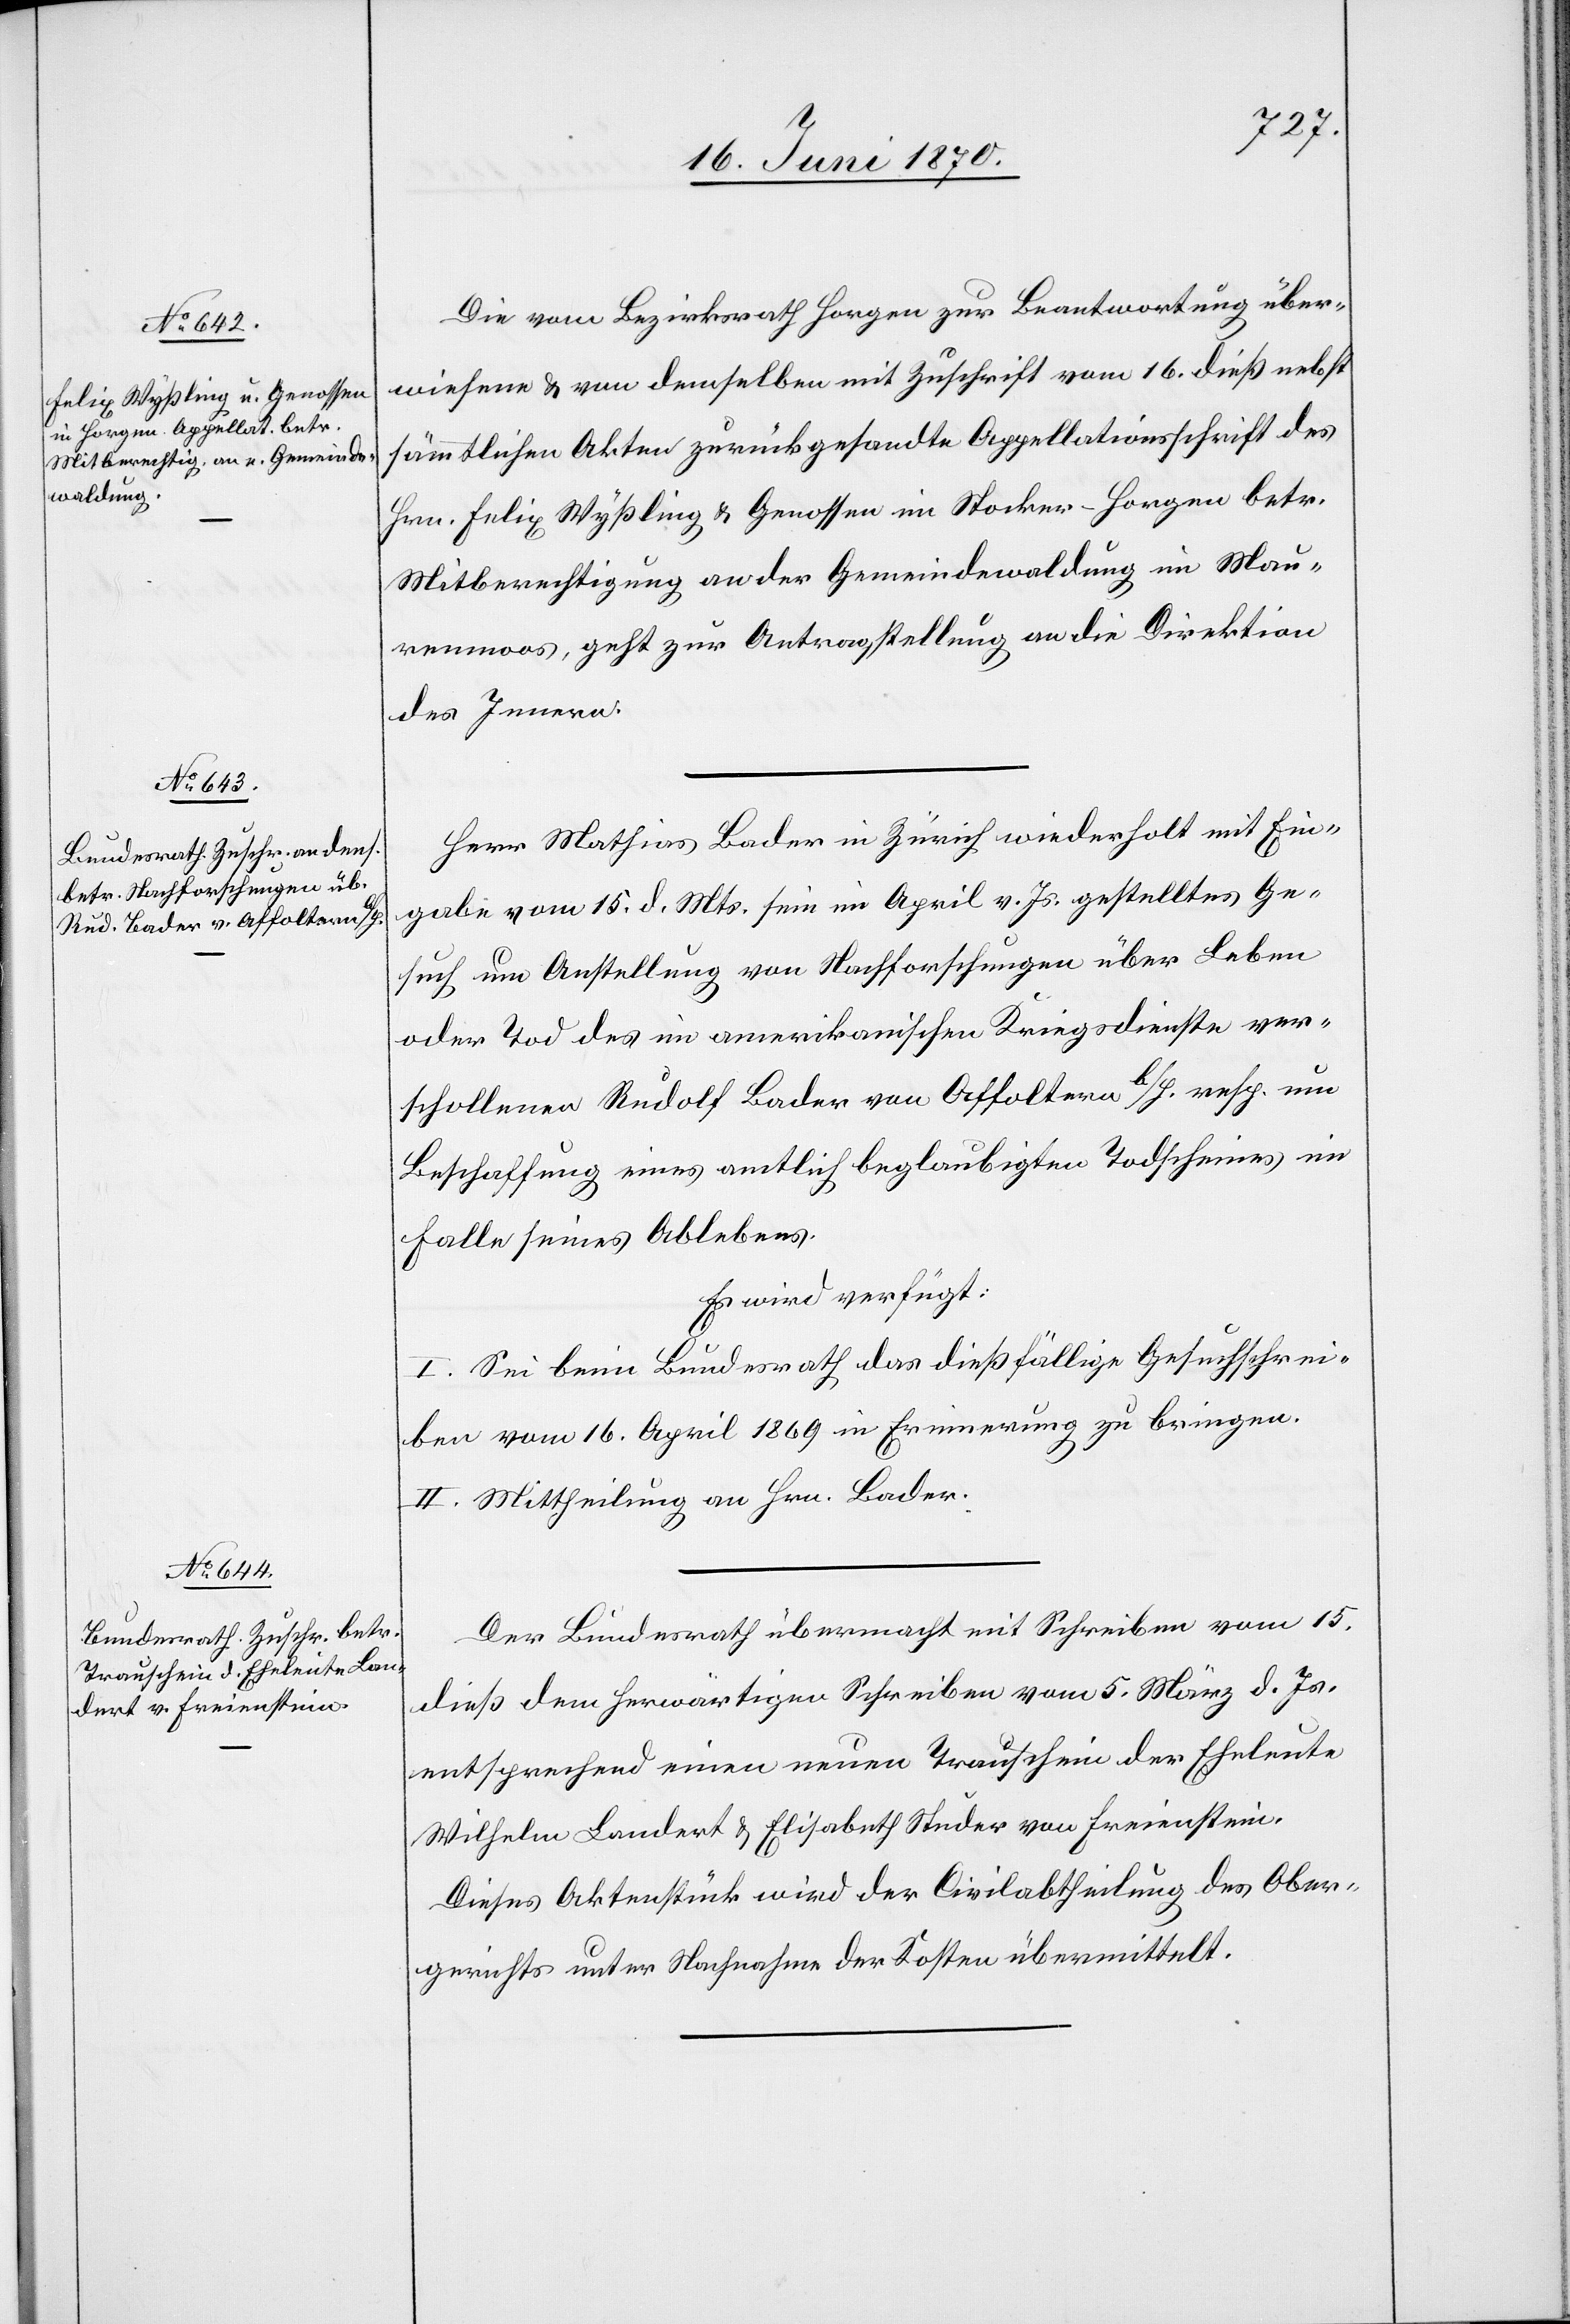
18. Juni 1870.]
Die vom Bezirksrath Horgen zur Beantwortung über¬
wiesene & von demselben mit Zuschrift vom 16. dieß nebst
sämmtlichen Akten zurückgesandte Appellationsschrift des
Hrn. Felix Wyßling & Genossen im Stocker - Horgen betr.
Mitberechtigung an der Gemeindewaldung in Mau¬
renmoos, geht zur Antragstellung an die Direktion
des Innern.
Herr Mathias Bader in Zürich wiederholt mit Ein¬
gabe vom 15. d. Mts. sein im April vor. Js. gestelltes Ge¬
such um Anstellung von Nachforschungen über Leben
oder Tod des im amerikanischen Kriegsdienste ver¬
schollenen Rudolf Bader von Affoltern b/H. resp. um
Beschaffung eines amtlich beglaubigten Todscheines im
Falle seines Ablebens.
Es wird verfügt:
I. Sei beim Bundesrath das dießfällige Gesuchschrei¬
ben vom 16. April 1869 in Erinnerung zu bringen.
II. Mittheilung an Hrn. Bader.
Der Bundesrath übermacht mit Schreiben vom 15.
dieß dem herwärtigen Schreiben vom 5. März d. Js.
entsprechend einen neuen Trauschein der Eheleute
Wilhelm Landert & Elisabeth Studer von Freienstein.
Dieses Aktenstück wird der Civilabtheilung des Ober¬
gerichts unter Nachnahme der Kosten übermittelt.